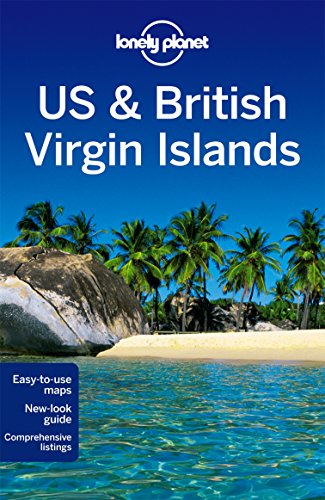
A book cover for Lonely Planet US & British Virgin Islands (Travel Guide); Lonely Planet; Sports & Outdoors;